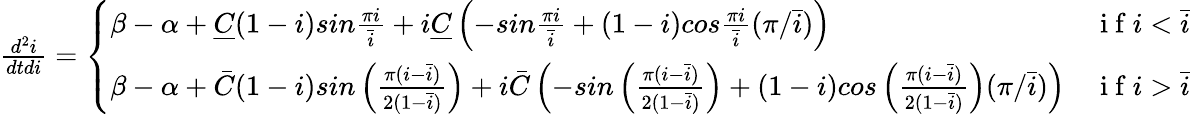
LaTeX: \begin{array}{r}{\frac{d^{2}i}{dtdi}=\left\{ \begin{array}{lll}{{\beta-\alpha+\underline{{C}}(1-i)sin{\frac{\pi i}{\bar{i}}}+i\underline{{C}}\left(-sin{\frac{\pi i}{\bar{i}}}+(1-i)cos{\frac{\pi i}{\bar{i}}}(\pi/\bar{i})\right)}}&{\mathrm{~i~f~}i<{\bar{i}}}\\ {{\beta-\alpha+\bar{C}(1-i)sin\left({\frac{\pi(i-\bar{i})}{2(1-\bar{i})}}\right)+i\bar{C}\left(-sin\left({\frac{\pi(i-\bar{i})}{2(1-\bar{i})}}\right)+(1-i)cos\left({\frac{\pi(i-\bar{i})}{2(1-\bar{i})}}\right)(\pi/\bar{i})\right)}}&{\mathrm{~i~f~}i>{\bar{i}}}\end{array}\right.}\end{array}